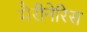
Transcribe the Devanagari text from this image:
मैरीनेरिस